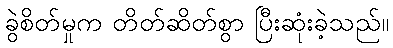
ခွဲစိတ်မှုက တိတ်ဆိတ်စွာ ပြီးဆုံးခဲ့သည်။